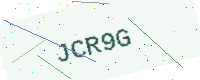
Text: JCR9G